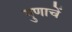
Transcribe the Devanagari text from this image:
गुणाचें